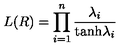
L ( R ) = \prod _ { i = 1 } ^ { n } { \frac { \lambda _ { i } } { \mathrm { t a n h } \lambda _ { i } } }